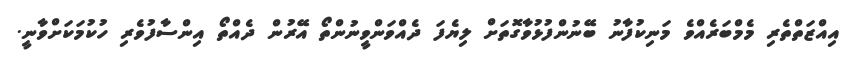
އިއްޒަތްތެރި މެމްބަރެއްވެ މަނިކުފާނު ބޭނުންފުޅުވާގޮތަށް ލިޔެފަ ދެއްވަންވީނުންތޯ އޭރުން ދެއްތޯ އިންސާފުވެރި ހުކުމަކަށްވާނީ.